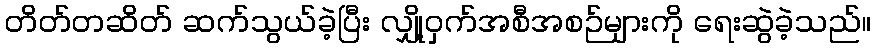
တိတ်တဆိတ် ဆက်သွယ်ခဲ့ပြီး လျှို့ဝှက်အစီအစဉ်များကို ရေးဆွဲခဲ့သည်။